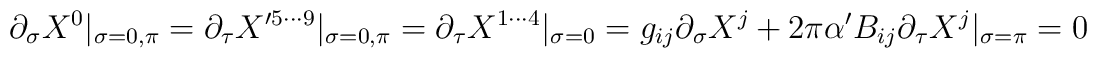
\partial_{\sigma} X^0|_{\sigma=0,\pi}=\partial_{\tau}X'^{5\cdots 9}|_{\sigma=0,\pi}=\partial_{\tau} X^{1\cdots4}|_{\sigma=0}=g_{ij}\partial_{\sigma} X^j+2\pi\alpha'B_{ij}\partial_{\tau}X^j|_{\sigma=\pi}=0